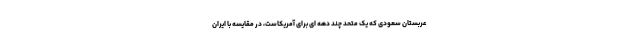
عربستان سعودی که یک متحد چند دهه ای برای آمریکاست، در مقایسه با ایران